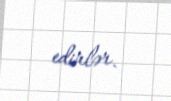
edirlər.